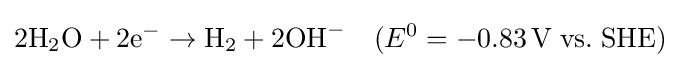
2\mathrm {H} _{2}\mathrm {O} +2\mathrm {e} ^{-}\rightarrow \mathrm {H} _{2}+2\mathrm {OH} ^{-}\quad (E^{0}=-0.83\,\mathrm {V\;vs.\;SHE} )